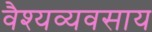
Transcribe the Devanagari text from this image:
वैश्यव्यवसाय